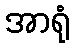
အာရုံ